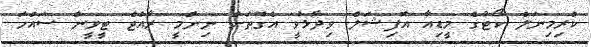
ކްރިމިނަލް ކޯޓުގެ މީޑިއާ އޮފިޝަލް ވިދާޅުވީ އެގޮތަށް ނިންމީ ރާއްޖެ ޓީވީން ސައްހަ